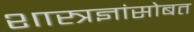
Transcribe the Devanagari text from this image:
शास्त्रज्ञांसोबत